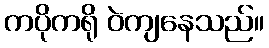
ကပိုကရို ဝဲကျနေသည်။